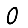
Digit: 0